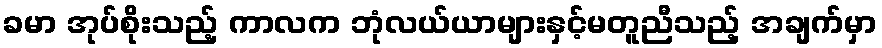
ခမာ အုပ်စိုးသည့် ကာလက ဘုံလယ်ယာများနှင့်မတူညီသည့် အချက်မှာ